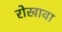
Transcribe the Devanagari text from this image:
रोखावा